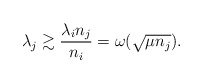
\begin{align*} \lambda_j \gtrsim \frac{\lambda_i n_j}{n_i} = \omega(\sqrt{\mu n_j}). \end{align*}